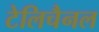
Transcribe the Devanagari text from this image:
टेलिचैनल